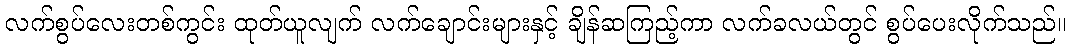
လက်စွပ်လေးတစ်ကွင်း ထုတ်ယူလျက် လက်ချောင်းများနှင့် ချိန်ဆကြည့်ကာ လက်ခလယ်တွင် စွပ်ပေးလိုက်သည်။